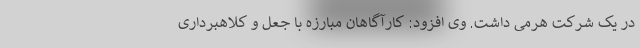
در یک شرکت هرمی داشت. وی افزود: کارآگاهان مبارزه با جعل و کلاهبرداری